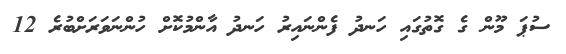
ސުޕަ މޫން ގެ ގޮތުގައި ހަނދު ފެންނައިރު ހަނދު އާންމުކޮށް ހުންނަވަރަށްބުރެ 12